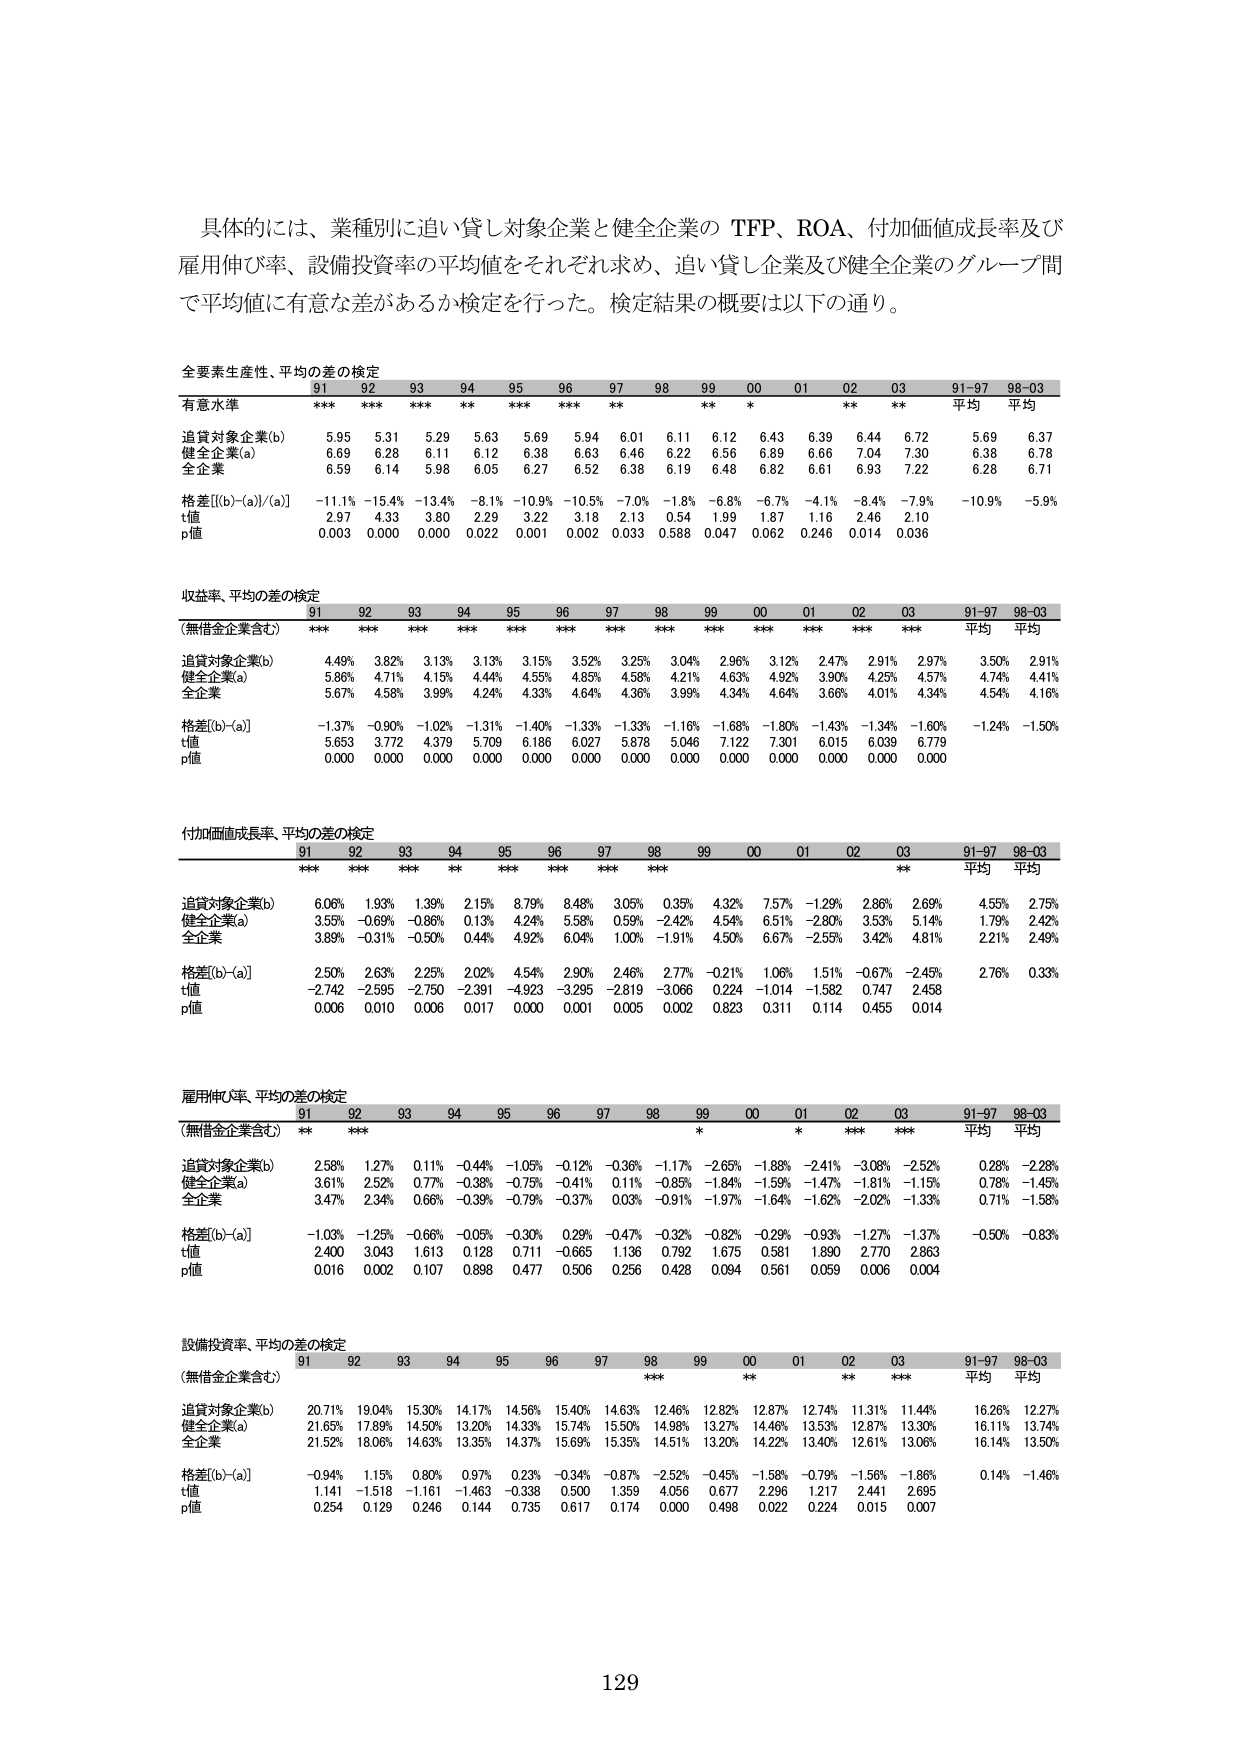
具体的には、業種別に追い貸し対象企業と健全企業の TFP、ROA、付加価値成長率及び雇用伸び率、設備投資率の平均値をそれぞれ求め、追い貸し企業及び健全企業のグループ間で平均値に有意な差があるか検定を行った。検定結果の概要は以下の通り。

全要素生産性、平均の差の検定
91 92 93 94 95 96 97 98 99 00 01 02 03 91-97 98-03
有意水準 *** *** *** ** *** *** ** ** * ** ** 平均 平均
追い貸し対象企業(b) 5.95 5.31 5.29 5.63 5.69 5.94 6.01 6.11 6.12 6.43 6.39 6.44 6.72 5.69 6.37
健全企業(a) 6.69 6.28 6.11 6.12 6.38 6.63 6.46 6.22 6.56 6.89 6.66 7.04 7.30 6.38 6.78
全企業 6.59 6.14 5.98 6.05 6.27 6.52 6.38 6.19 6.48 6.82 6.61 6.93 7.22 6.28 6.71
格差[(b)-(a)] -11.1% -15.4% -13.4% -8.1% -10.9% -10.5% -7.0% -1.8% -6.8% -6.7% -4.1% -8.4% -7.9% -10.9% -5.9%
t値 2.97 4.33 3.80 2.29 3.22 3.18 2.13 0.54 1.99 1.87 1.16 2.46 2.10
p値 0.003 0.000 0.000 0.022 0.001 0.002 0.033 0.588 0.047 0.062 0.246 0.014 0.036

収益率、平均の差の検定
91 92 93 94 95 96 97 98 99 00 01 02 03 91-97 98-03
（無借金企業含む） *** *** *** *** *** *** *** *** *** *** *** *** 平均 平均
追い貸し対象企業(b) 4.49% 3.82% 3.13% 3.13% 3.15% 3.52% 3.25% 3.04% 2.96% 3.12% 2.47% 2.91% 2.97% 3.50% 2.91%
健全企業(a) 5.86% 4.71% 4.15% 4.44% 4.55% 4.85% 4.56% 4.21% 4.63% 4.92% 3.90% 4.25% 4.57% 4.74% 4.41%
全企業 5.67% 4.58% 3.99% 4.24% 4.33% 4.64% 4.36% 3.99% 4.34% 4.64% 3.66% 4.01% 4.34% 4.54% 4.16%
格差[(b)-(a)] -1.37% -0.90% -1.02% -1.31% -1.40% -1.33% -1.33% -1.16% -1.68% -1.80% -1.43% -1.34% -1.60% -1.24% -1.50%
t値 5.653 3.772 4.379 5.709 6.186 6.027 5.878 5.046 7.122 7.301 6.015 6.039 6.779
p値 0.000 0.000 0.000 0.000 0.000 0.000 0.000 0.000 0.000 0.000 0.000 0.000 0.000

付加価値成長率、平均の差の検定
91 92 93 94 95 96 97 98 99 00 01 02 03 91-97 98-03
*** *** *** ** *** *** *** *** 平均 平均
追い貸し対象企業(b) 6.06% 1.93% 1.39% 2.15% 8.79% 8.48% 3.05% 0.35% 4.32% 7.57% -1.29% 2.86% 2.69% 4.55% 2.75%
健全企業(a) 3.55% -0.69% -0.86% 0.13% 4.24% 5.58% 0.59% -2.42% 4.54% 6.51% -2.80% 3.53% 5.14% 1.79% 2.42%
全企業 3.89% -0.31% -0.50% 0.44% 4.92% 6.04% 1.00% -1.91% 4.50% 6.67% -2.55% 3.42% 4.81% 2.21% 2.49%
格差[(b)-(a)] 2.50% 2.63% 2.25% 2.02% 4.54% 2.90% 2.46% 2.77% -0.21% 1.06% 1.51% -0.67% -2.45% 2.76% 0.33%
t値 -2.742 -2.595 -2.750 -2.391 -4.923 -3.295 -2.819 -3.066 0.224 -1.014 -1.582 0.747 2.458
p値 0.006 0.010 0.006 0.017 0.000 0.001 0.005 0.002 0.823 0.311 0.114 0.455 0.014

雇用伸び率、平均の差の検定
91 92 93 94 95 96 97 98 99 00 01 02 03 91-97 98-03
（無借金企業含む） ** *** ** * * *** *** 平均 平均
追い貸し対象企業(b) 2.58% 1.27% 0.11% -0.44% -1.05% -0.12% -0.36% -1.17% -2.65% -1.88% -2.41% -3.08% -2.52% 0.28% -2.28%
健全企業(a) 3.61% 2.52% 0.77% -0.38% -0.75% -0.41% 0.11% -0.85% -1.84% -1.59% -1.47% -1.81% -1.15% 0.78% -1.49%
全企業 3.47% 2.34% 0.66% -0.39% -0.79% -0.37% 0.03% -0.91% -1.97% -1.64% -1.62% -2.02% -1.33% 0.71% -1.58%
格差[(b)-(a)] -1.03% -1.25% -0.66% -0.05% -0.30% 0.29% -0.47% -0.32% -0.82% -0.29% -0.93% -1.27% -1.37% -0.50% -0.83%
t値 2.400 3.043 1.613 0.128 0.711 -0.665 1.136 0.792 1.675 0.581 1.890 2.770 2.863
p値 0.016 0.002 0.107 0.898 0.477 0.506 0.256 0.428 0.094 0.561 0.059 0.006 0.004

設備投資率、平均の差の検定
91 92 93 94 95 96 97 98 99 00 01 02 03 91-97 98-03
（無借金企業含む） *** ** ** *** 平均 平均
追い貸し対象企業(b) 20.71% 19.04% 15.30% 14.17% 14.56% 15.40% 14.63% 12.46% 12.82% 12.87% 12.74% 11.31% 11.44% 16.26% 12.27%
健全企業(a) 21.65% 17.89% 14.50% 13.20% 14.33% 15.74% 15.50% 14.98% 13.27% 14.46% 13.53% 12.87% 13.30% 16.11% 13.74%
全企業 21.52% 18.06% 14.63% 13.35% 14.37% 15.69% 15.35% 14.51% 13.20% 14.22% 13.40% 12.61% 13.06% 16.14% 13.50%
格差[(b)-(a)] -0.94% 1.15% 0.80% 0.97% 0.23% -0.34% -0.87% -2.52% -0.45% -1.58% -0.79% -1.56% -1.86% 0.14% -1.46%
t値 1.141 -1.518 -1.161 -1.463 -0.338 0.500 1.359 4.056 0.677 2.296 1.217 2.441 2.695
p値 0.254 0.129 0.246 0.144 0.735 0.617 0.174 0.000 0.498 0.022 0.224 0.015 0.007

129